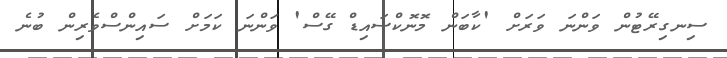
ސިނގިރޭޓުން ވަންނަ ވަރަށް 'ކާބަން މޮނޮކްސައިޑް ގޭސް' ވަންނަ ކަމަށް ސައިންސްވެރިން ބުނެ